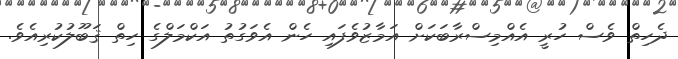
ދެހިތް ވެސް ހުރީ އެއްމިސްރާބަކަށް އަމާޒުވެފައި ހެން އެވަގުތު އަކްމަލްގެ ހިތް ޤަބޫލުކުރިއެވެ.